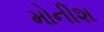
મોનીશ